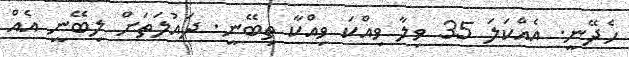
ހެދޭނީ. އެއްކަލަ 35 ވިލާ ވިއްކަ ވިއްކާ ތިބޭނީ. ދައުލަތަށް ލިބޭނީ އެއް